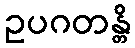
ဥပဂတန္တိ